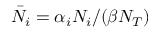
\bar { N } _ { i } = \alpha _ { i } N _ { i } / ( \beta N _ { T } )